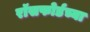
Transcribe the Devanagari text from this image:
रॉसफोर्डच्या